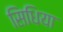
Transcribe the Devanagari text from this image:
सिधिया